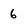
Character: 6